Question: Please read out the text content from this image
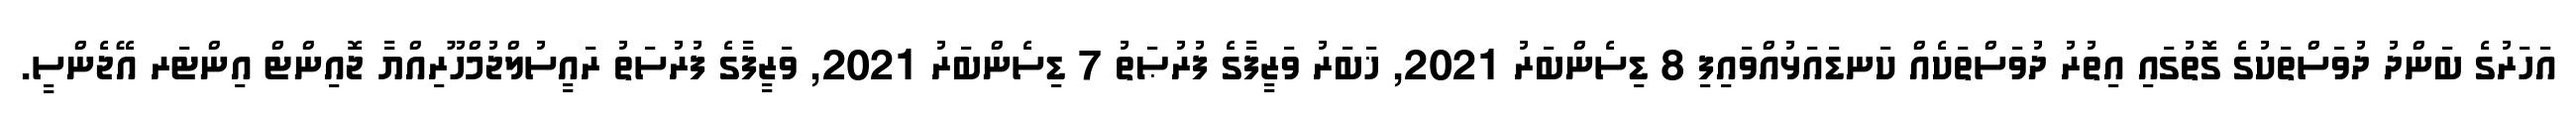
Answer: އަހަރުގެ ބަންދު ދުވަސްތަކުގެ ގޮތުގައި އިތުރު ދުވަސްތަކެއް ކަނޑައަޅުއްވައިފި 8 ޑިސެންބަރު 2021, ޚަބަރު ވަޒީފާގެ ފުރުޞަތު 7 ޑިސެންބަރު 2021, ވަޒީފާގެ ފުރުސަތު ރައީސުލްޖުމްހޫރިއްޔާ ޖޮއިންޓް އިންޓަރ އޭޖެންސީ.